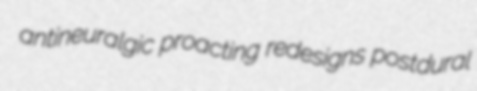
antineuralgic proacting redesigns postdural